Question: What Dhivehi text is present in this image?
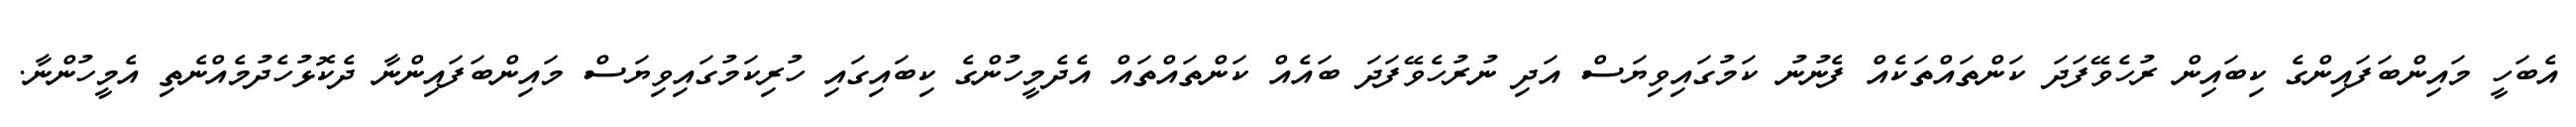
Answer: އެބަހީ މައިންބަފައިންގެ ކިބައިން ރުހެވޭފަދަ ކަންތައްތަކެއް ފެނުނު ކަމުގައިވިޔަސް އަދި ނުރުހެވޭފަދަ ބައެއް ކަންތައްތައް އެދެމީހުންގެ ކިބައިގައި ހުރިކަމުގައިވިޔަސް މައިންބަފައިންނާ ދެކޮޅުހެދުމެއްނެތި އެމީހުންނާ.